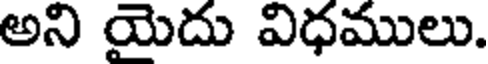
అని యెదు విధములు.